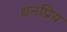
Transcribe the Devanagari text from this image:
धनप्रिय